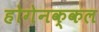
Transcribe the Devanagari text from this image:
होगेनक्कल